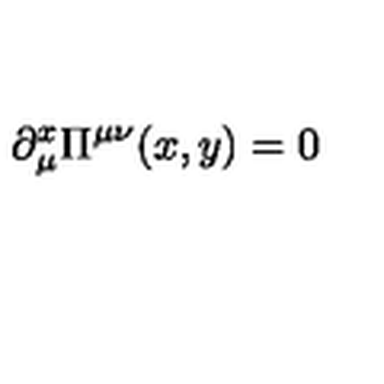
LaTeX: \partial _ { \mu } ^ { x } \Pi ^ { \mu \nu } ( x , y ) = 0